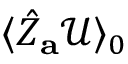
\langle \hat { Z } _ { \mathbf { a } } \mathcal { U } \rangle _ { 0 }